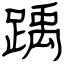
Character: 踽